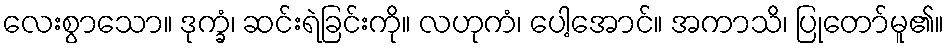
လေးစွာသော။ ဒုက္ခံ၊ ဆင်းရဲခြင်းကို။ လဟုကံ၊ ပေါ့အောင်။ အကာသိ၊ ပြုတော်မူ၏။